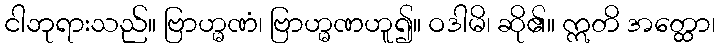
ငါဘုရားသည်။ ဗြာဟ္မဏံ၊ ဗြာဟ္မဏဟူ၍။ ဝဒါမိ၊ ဆို၏။ ဣတိ အတ္ထော၊